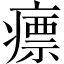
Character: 瘭